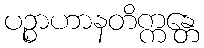
ပဉ္စာဟာနတိက္ကန္တေ